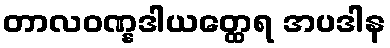
တာလဝဏ္နဒါယတ္ထေရ အပဒါန